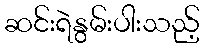
ဆင်းရဲနွမ်းပါးသည့်